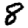
Digit: 8